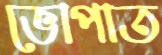
ভোপাত